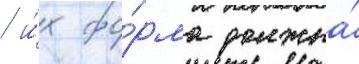
/ и́х фо́рма должна́